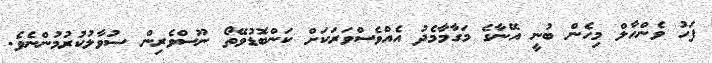
ފަހު ވެންހާލް މިހެން ބުނީ އޭނާގެ މަގާމާމެދު އެއްވެސްވަރަކަށް ކަންބޮޑުވޭތޯ ނޫސްވެރިން ސުވާލުކުރުމުންނެވެ.